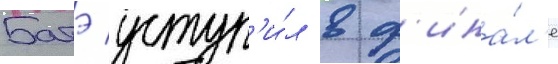
Батэ уступ'и́л в ф'ина́л'е